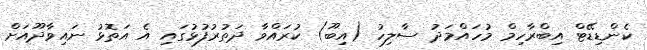
ކެންޑިޑޭޓް އިބްރާހިމް މުހައްމަދު ސާލިހު (އިބޫ) ކުރައްވާ ދަތުރުފުޅުގައި އެ އަތޮޅު ނައިވާދޫއަށް